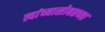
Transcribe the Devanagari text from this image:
त्यांच्यासोबतच्या